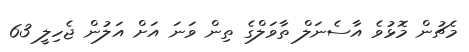
މެޗުން މޮޅުވެ އާސެނަލް ތާވަލްގެ ތިން ވަނަ އަށް އަލުން ޖެހިލީ 63